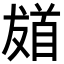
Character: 𩠙